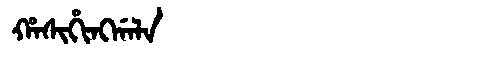
Manchu: ᡥᠠᠰᡳᡥᡳᠩᡤᠠᠯᠠ
Romanization: HASIHINGGALA